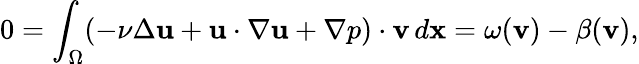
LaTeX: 0=\int_{\Omega}(-\nu\Delta{\mathbf u}+{\mathbf u}\cdot\nabla{\mathbf u}+\nabla p)\cdot{\mathbf v}\, d{\mathbf x}=\omega({\mathbf v})-\beta({\mathbf v}),